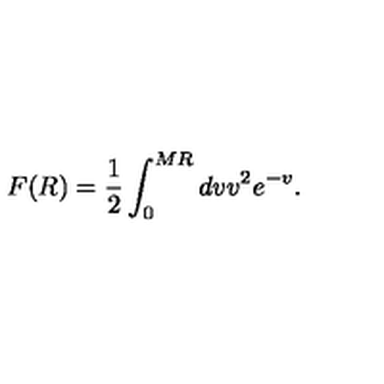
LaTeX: F ( R ) = \frac { 1 } { 2 } \int _ { 0 } ^ { M R } d v v ^ { 2 } e ^ { - v } .